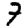
Digit: 7